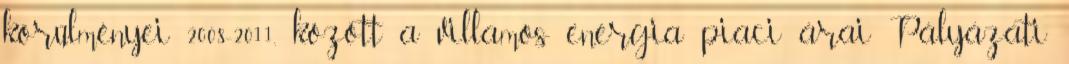
körülményei 2008-2011. között a villamos energia piaci árai Pályázati